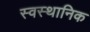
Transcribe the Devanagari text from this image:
स्वस्थानिक